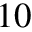
1 0